65_HS1-834228961_62-HQ-83894_Section_10
Agency: FBI
Page 152
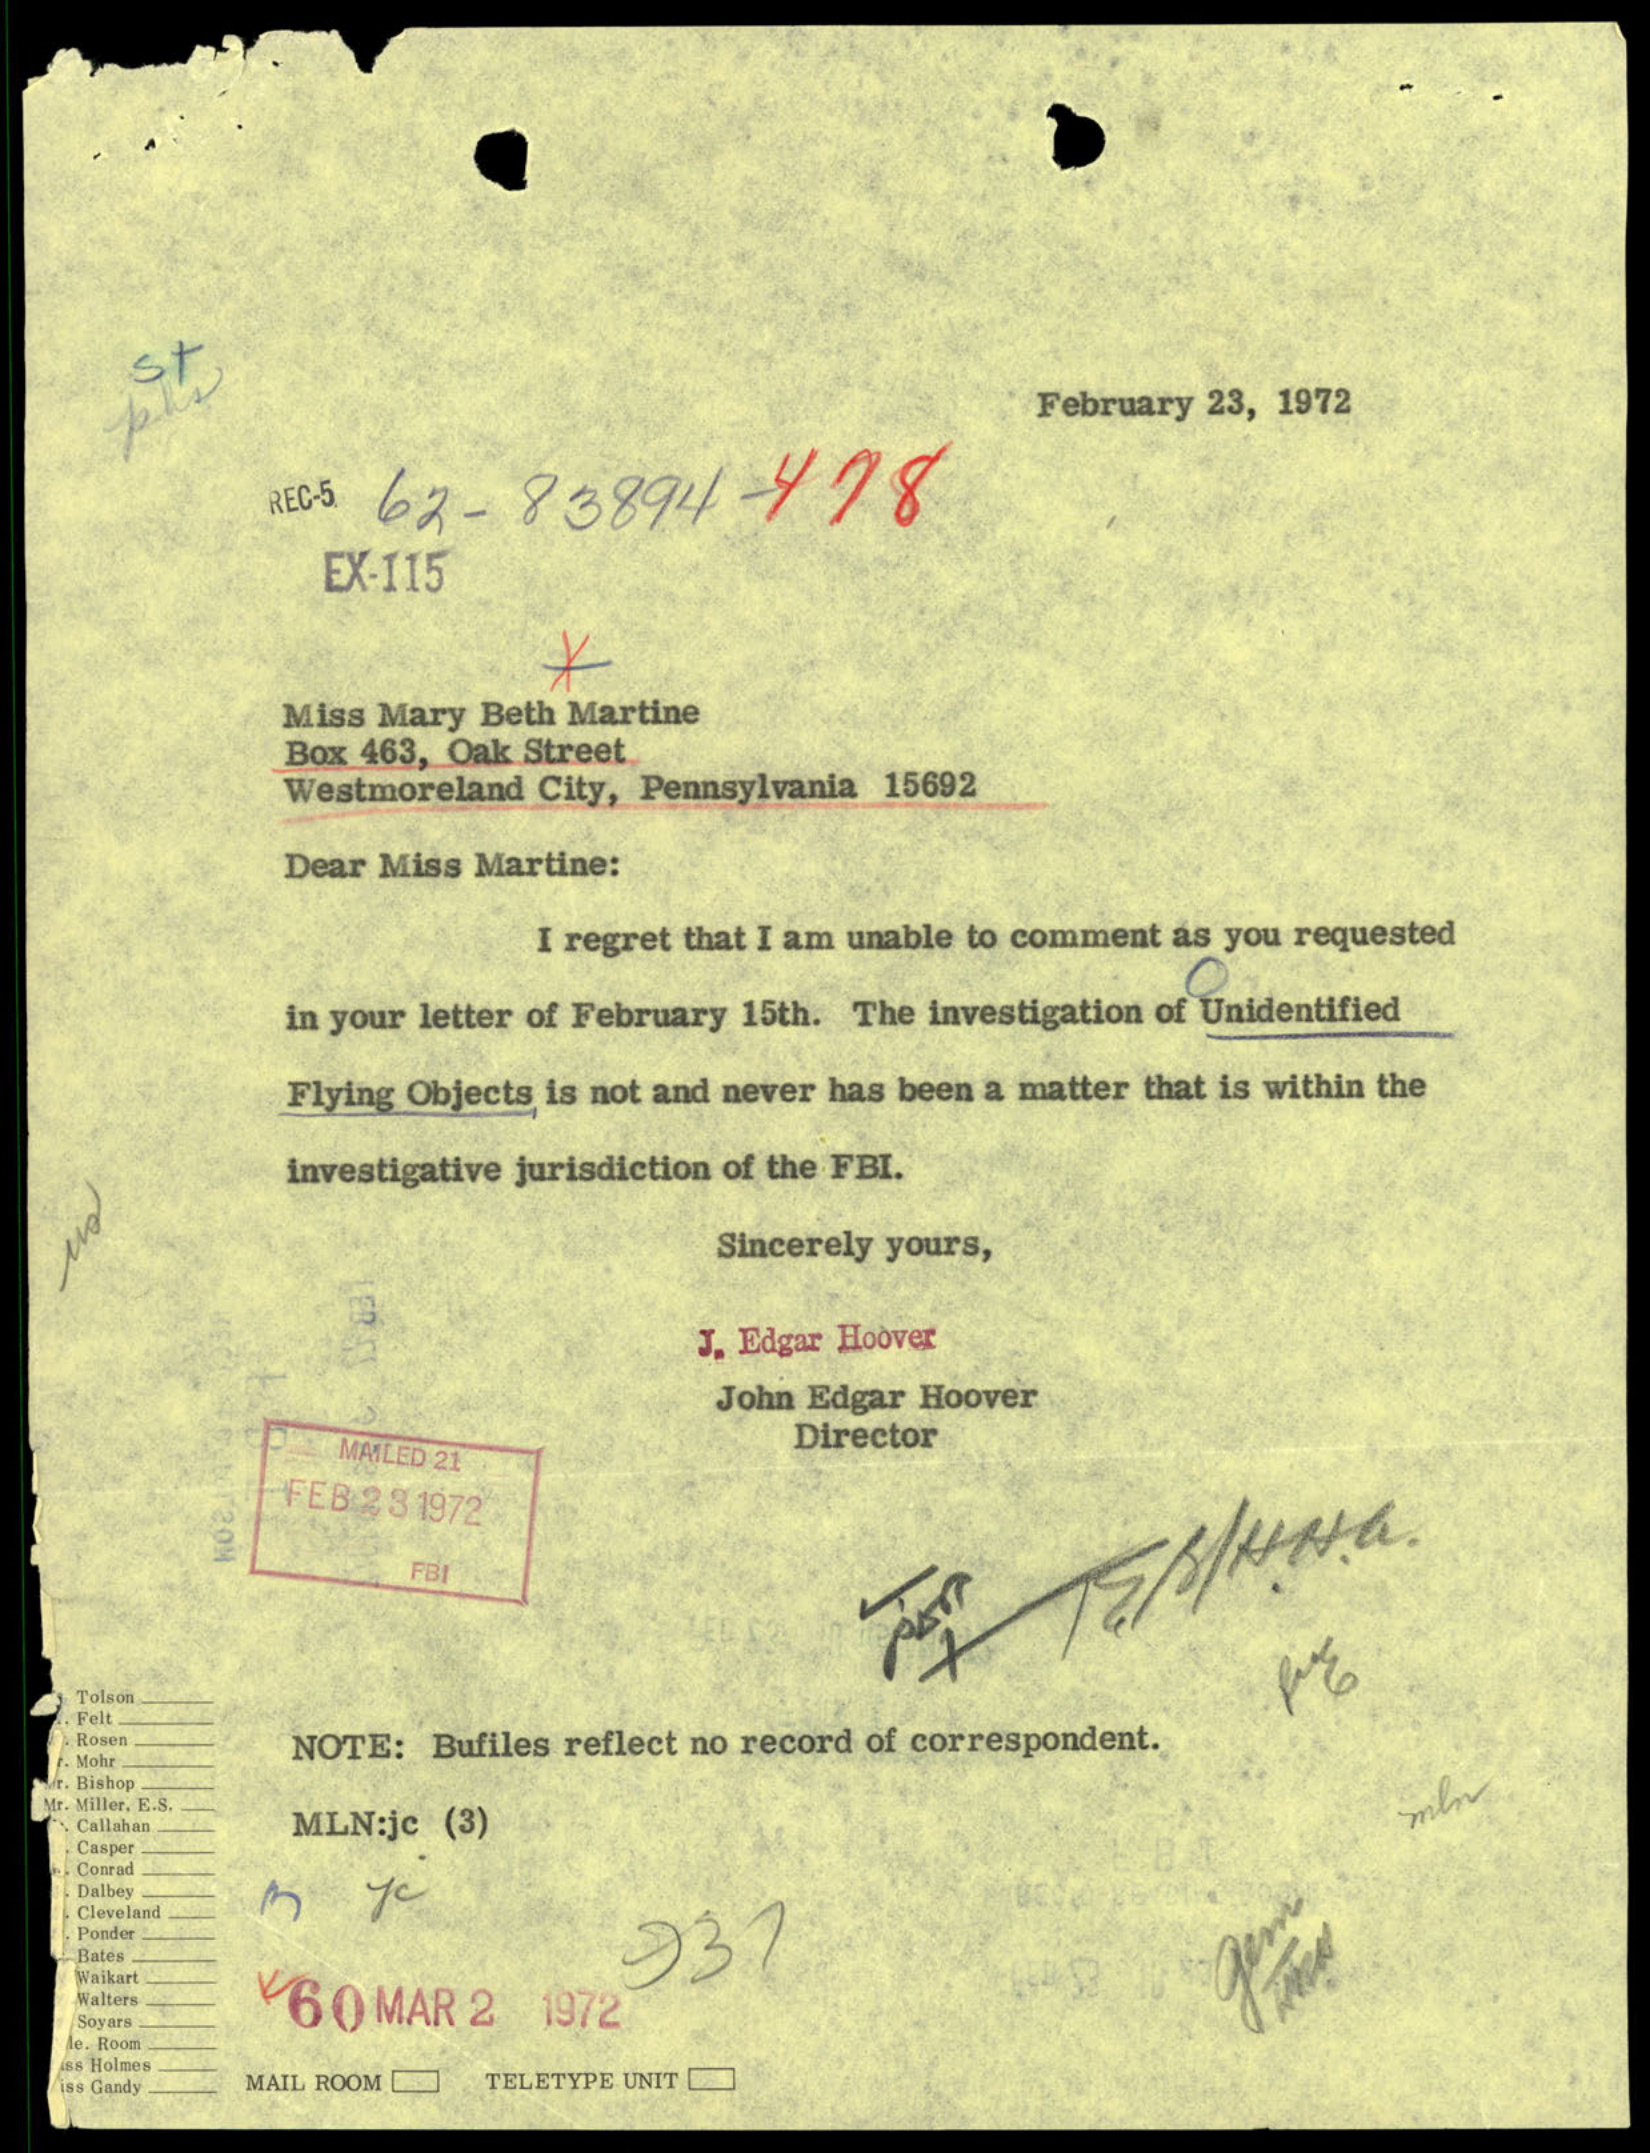